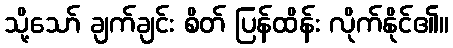
သို့သော် ချက်ချင်း စိတ် ပြန်ထိန်း လိုက်နိုင်၏။